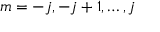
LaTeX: m = - j , - j + 1 , \dots , j